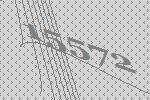
15572